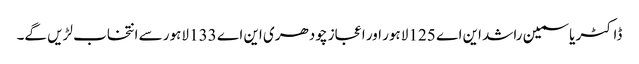
ڈاکٹر یاسمین راشد این اے 125 لاہور اور اعجاز چودھری این اے 133 لاہور سے انتخاب لڑیں گے۔